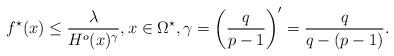
LaTeX: \begin{align*} f^\star(x) \le \frac{\lambda}{H^o(x)^\gamma},x\in \Omega^\star,\gamma= \left(\frac{q}{p-1}\right)'=\frac{q}{q-(p-1)}. \end{align*}